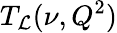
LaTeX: T_{\mathcal{L}}(\nu,Q^{2})